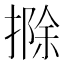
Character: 𢲢